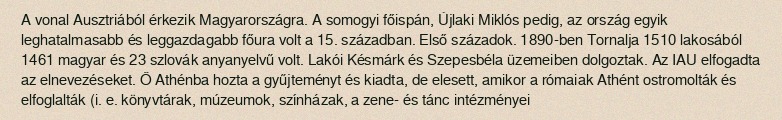
A vonal Ausztriából érkezik Magyarországra. A somogyi főispán, Újlaki Miklós pedig, az ország egyik leghatalmasabb és leggazdagabb főura volt a 15. században. Első századok. 1890-ben Tornalja 1510 lakosából 1461 magyar és 23 szlovák anyanyelvű volt. Lakói Késmárk és Szepesbéla üzemeiben dolgoztak. Az IAU elfogadta az elnevezéseket. Ő Athénba hozta a gyűjteményt és kiadta, de elesett, amikor a rómaiak Athént ostromolták és elfoglalták (i. e. könyvtárak, múzeumok, színházak, a zene- és tánc intézményei